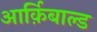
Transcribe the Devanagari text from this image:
आर्क़िबाल्ड